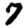
Digit: 7